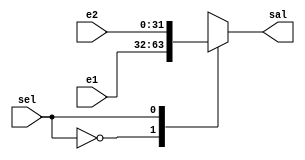
module Mu(
    input [31:0] e1,
    input [31:0] e2,
    input wire sel,
    output [31:0] sal
);
reg [31:0] aux;

always@(*)
    begin
        case(sel)
            1'b0:
                aux = e1;
            1'b1:
                aux = e2;
        endcase
    end
assign sal = aux;

endmodule